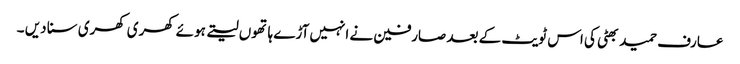
عارف حمید بھٹی کی اس ٹویٹ کے بعد صارفین نے انہیں آڑے ہاتھوں لیتے ہوئے کھری کھری سنا دیں ۔